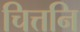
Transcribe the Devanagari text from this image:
चित्तनि